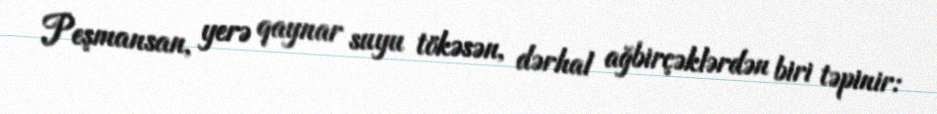
Peşmansan, yerə qaynar suyu tökəsən, dərhal ağbirçəklərdən biri təpinir: